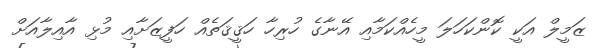
ޒަމީލް އަކީ ކޮންކަހަލަ މީހެއްކަމާއި އޭނާގެ ހުރިހާ ހަޤީޤަތެއް ހަފީޒަށާއި މުޅި އާއިލާއަށް